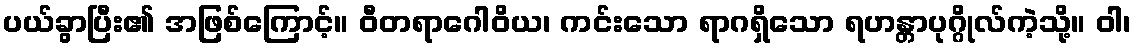
ပယ်ခွာပြီး၏ အဖြစ်ကြောင့်။ ဝီတရာဂေါဝိယ၊ ကင်းသော ရာဂရှိသော ရဟန္တာပုဂ္ဂိုလ်ကဲ့သို့။ ဝါ၊